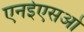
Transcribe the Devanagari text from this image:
एनईएसओ